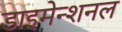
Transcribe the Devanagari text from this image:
डाइमेन्शनल